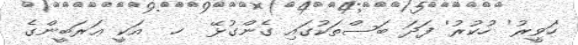
'ހަވީރު' 'ހުކުރު' ފަދަ ބަސްތަކުގައި ގެންގުޅޭ  ހ  އަކީ ޢަރަބީންގެ